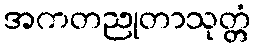
အကတညုတာသုတ္တံ